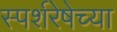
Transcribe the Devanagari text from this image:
स्पर्शरेषेच्या